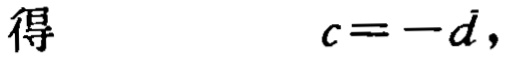
得\(c = -\vec{d}\)，